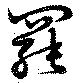
罷